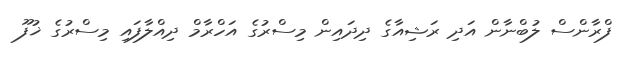
ފްރާންސް ލުބްނާން އަދި ރަޝިއާގެ ދިދައިން މިސްރުގެ އަހްރާމް ދިއްލާފައި މިސްރުގެ ޚުފޫ